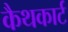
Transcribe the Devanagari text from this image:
कैथकार्ट